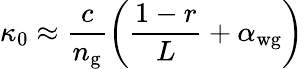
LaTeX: \kappa_{0}\approx\frac{c}{n_{\mathrm{g}}}\left(\frac{1-r}{L}+\alpha_{\mathrm{wg}}\right)